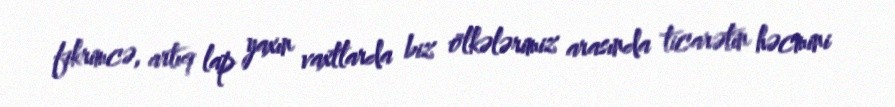
fikrimcə, artıq lap yaxın vaxtlarda biz ölkələrimiz arasında ticarətin həcmini